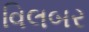
વિલબર